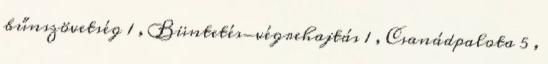
bűnszövetség 1 , Büntetés-végrehajtás 1 , Csanádpalota 5 ,